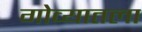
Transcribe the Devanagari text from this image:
गोव्यातला